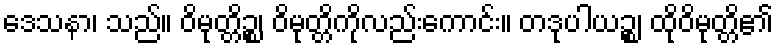
ဒေသနာ၊ သည်။ ဝိမုတ္တိဉ္စ၊ ဝိမုတ္တိကိုလည်းကောင်း။ တဒုပါယဉ္စ၊ ထိုဝိမုတ္တိ၏